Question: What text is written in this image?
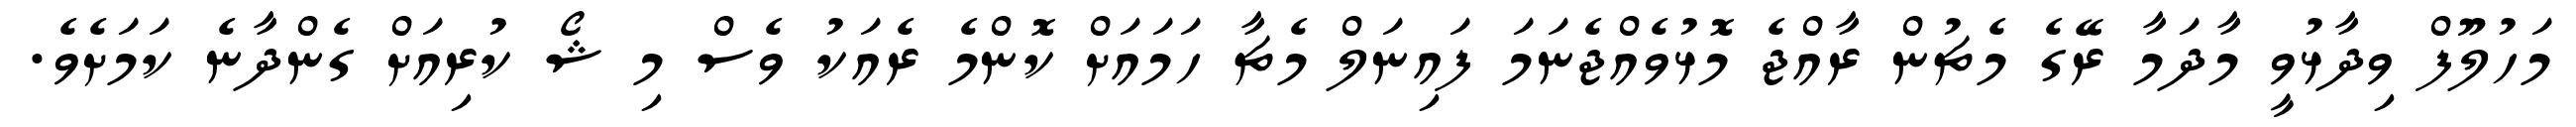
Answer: މަހުލޫފް ވިދާޅުވީ މާދަމާ ރޭގެ މެޗުން ރާއްޖެ މޮޅުވެއްޖެނަމަ ފައިނަލް މެޗާ ހަމައަށް ކޮންމެ ރެއަކު ވެސް މި ޝޯ ކުރިއަށް ގެންދާނެ ކަމަށެވެ.